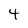
Character: 4